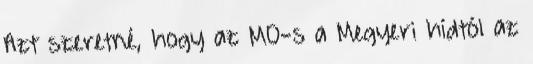
Azt szeretné, hogy az M0-s a Megyeri hídtól az